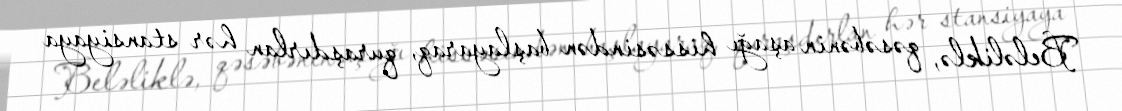
Beləliklə, qəsəbənin aşağı hissəsindən başlayaraq, quraşdırlan hər stansiyaya